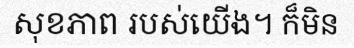
សុខភាព របស់យើង។ ក៏មិន